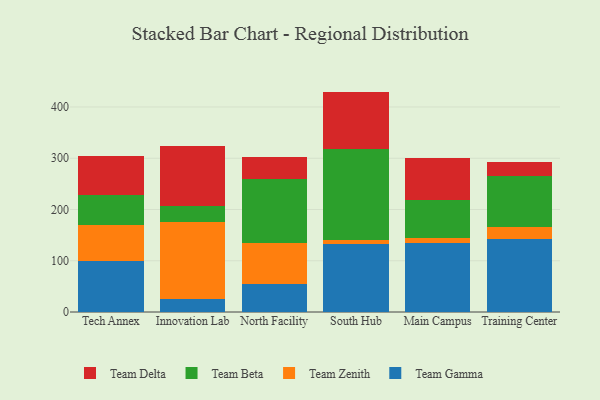
{"axis": {"x": "Campus", "y": "Headcount"}, "legend": ["Team Beta", "Team Delta", "Team Gamma", "Team Zenith"], "data": [{"x": "Tech Annex", "y": 98.8, "type": "Team Gamma"}, {"x": "Tech Annex", "y": 70.0, "type": "Team Zenith"}, {"x": "Tech Annex", "y": 58.7, "type": "Team Beta"}, {"x": "Tech Annex", "y": 77.2, "type": "Team Delta"}, {"x": "Innovation Lab", "y": 26.3, "type": "Team Gamma"}, {"x": "Innovation Lab", "y": 148.8, "type": "Team Zenith"}, {"x": "Innovation Lab", "y": 31.2, "type": "Team Beta"}, {"x": "Innovation Lab", "y": 117.9, "type": "Team Delta"}, {"x": "North Facility", "y": 54.5, "type": "Team Gamma"}, {"x": "North Facility", "y": 80.7, "type": "Team Zenith"}, {"x": "North Facility", "y": 123.4, "type": "Team Beta"}, {"x": "North Facility", "y": 43.7, "type": "Team Delta"}, {"x": "South Hub", "y": 131.9, "type": "Team Gamma"}, {"x": "South Hub", "y": 8.2, "type": "Team Zenith"}, {"x": "South Hub", "y": 177.3, "type": "Team Beta"}, {"x": "South Hub", "y": 112.6, "type": "Team Delta"}, {"x": "Main Campus", "y": 135.0, "type": "Team Gamma"}, {"x": "Main Campus", "y": 9.0, "type": "Team Zenith"}, {"x": "Main Campus", "y": 73.8, "type": "Team Beta"}, {"x": "Main Campus", "y": 82.8, "type": "Team Delta"}, {"x": "Training Center", "y": 142.3, "type": "Team Gamma"}, {"x": "Training Center", "y": 23.8, "type": "Team Zenith"}, {"x": "Training Center", "y": 98.7, "type": "Team Beta"}, {"x": "Training Center", "y": 28.8, "type": "Team Delta"}]}